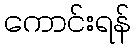
ကောင်းရန်